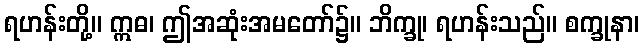
ရဟန်းတို့။ ဣဓ၊ ဤအဆုံးအမတော်၌။ ဘိက္ခု၊ ရဟန်းသည်။ စက္ခုနာ၊